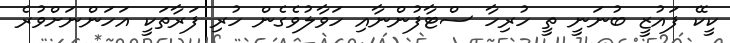
ކީކޭ ފައުޒީ ބުނަނީ ތީ ހުރިހާ ސްޓާފުންނާއި ހަވާލުވެގެން ހުރި ފަރާތަކީ އަހަންނަށްވުރެ